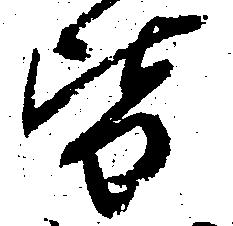
皆